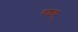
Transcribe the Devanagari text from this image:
वङ्मय्